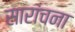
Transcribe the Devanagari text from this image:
सारांचना